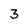
Character: 3